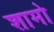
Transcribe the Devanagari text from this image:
शामो